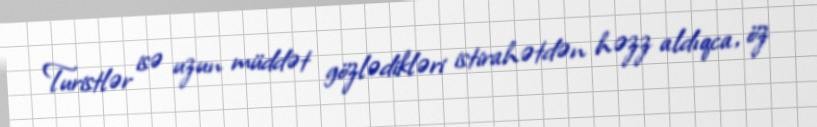
Turistlər isə uzun müddət gözlədikləri istirahətdən həzz aldıqca, öz